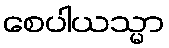
စေပါယသ္မာ